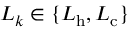
L _ { k } \in \{ L _ { \mathrm { h } } , L _ { \mathrm { c } } \}